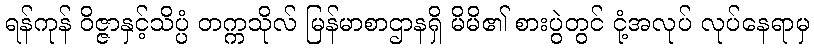
ရန်ကုန် ဝိဇ္ဇာနှင့်သိပ္ပံ တက္ကသိုလ် မြန်မာစာဌာနရှိ မိမိ၏ စားပွဲတွင် ငုံ့အလုပ် လုပ်နေရာမှ